65_HS1-834228961_62-HQ-83894_Section_10
Agency: FBI
Page 102
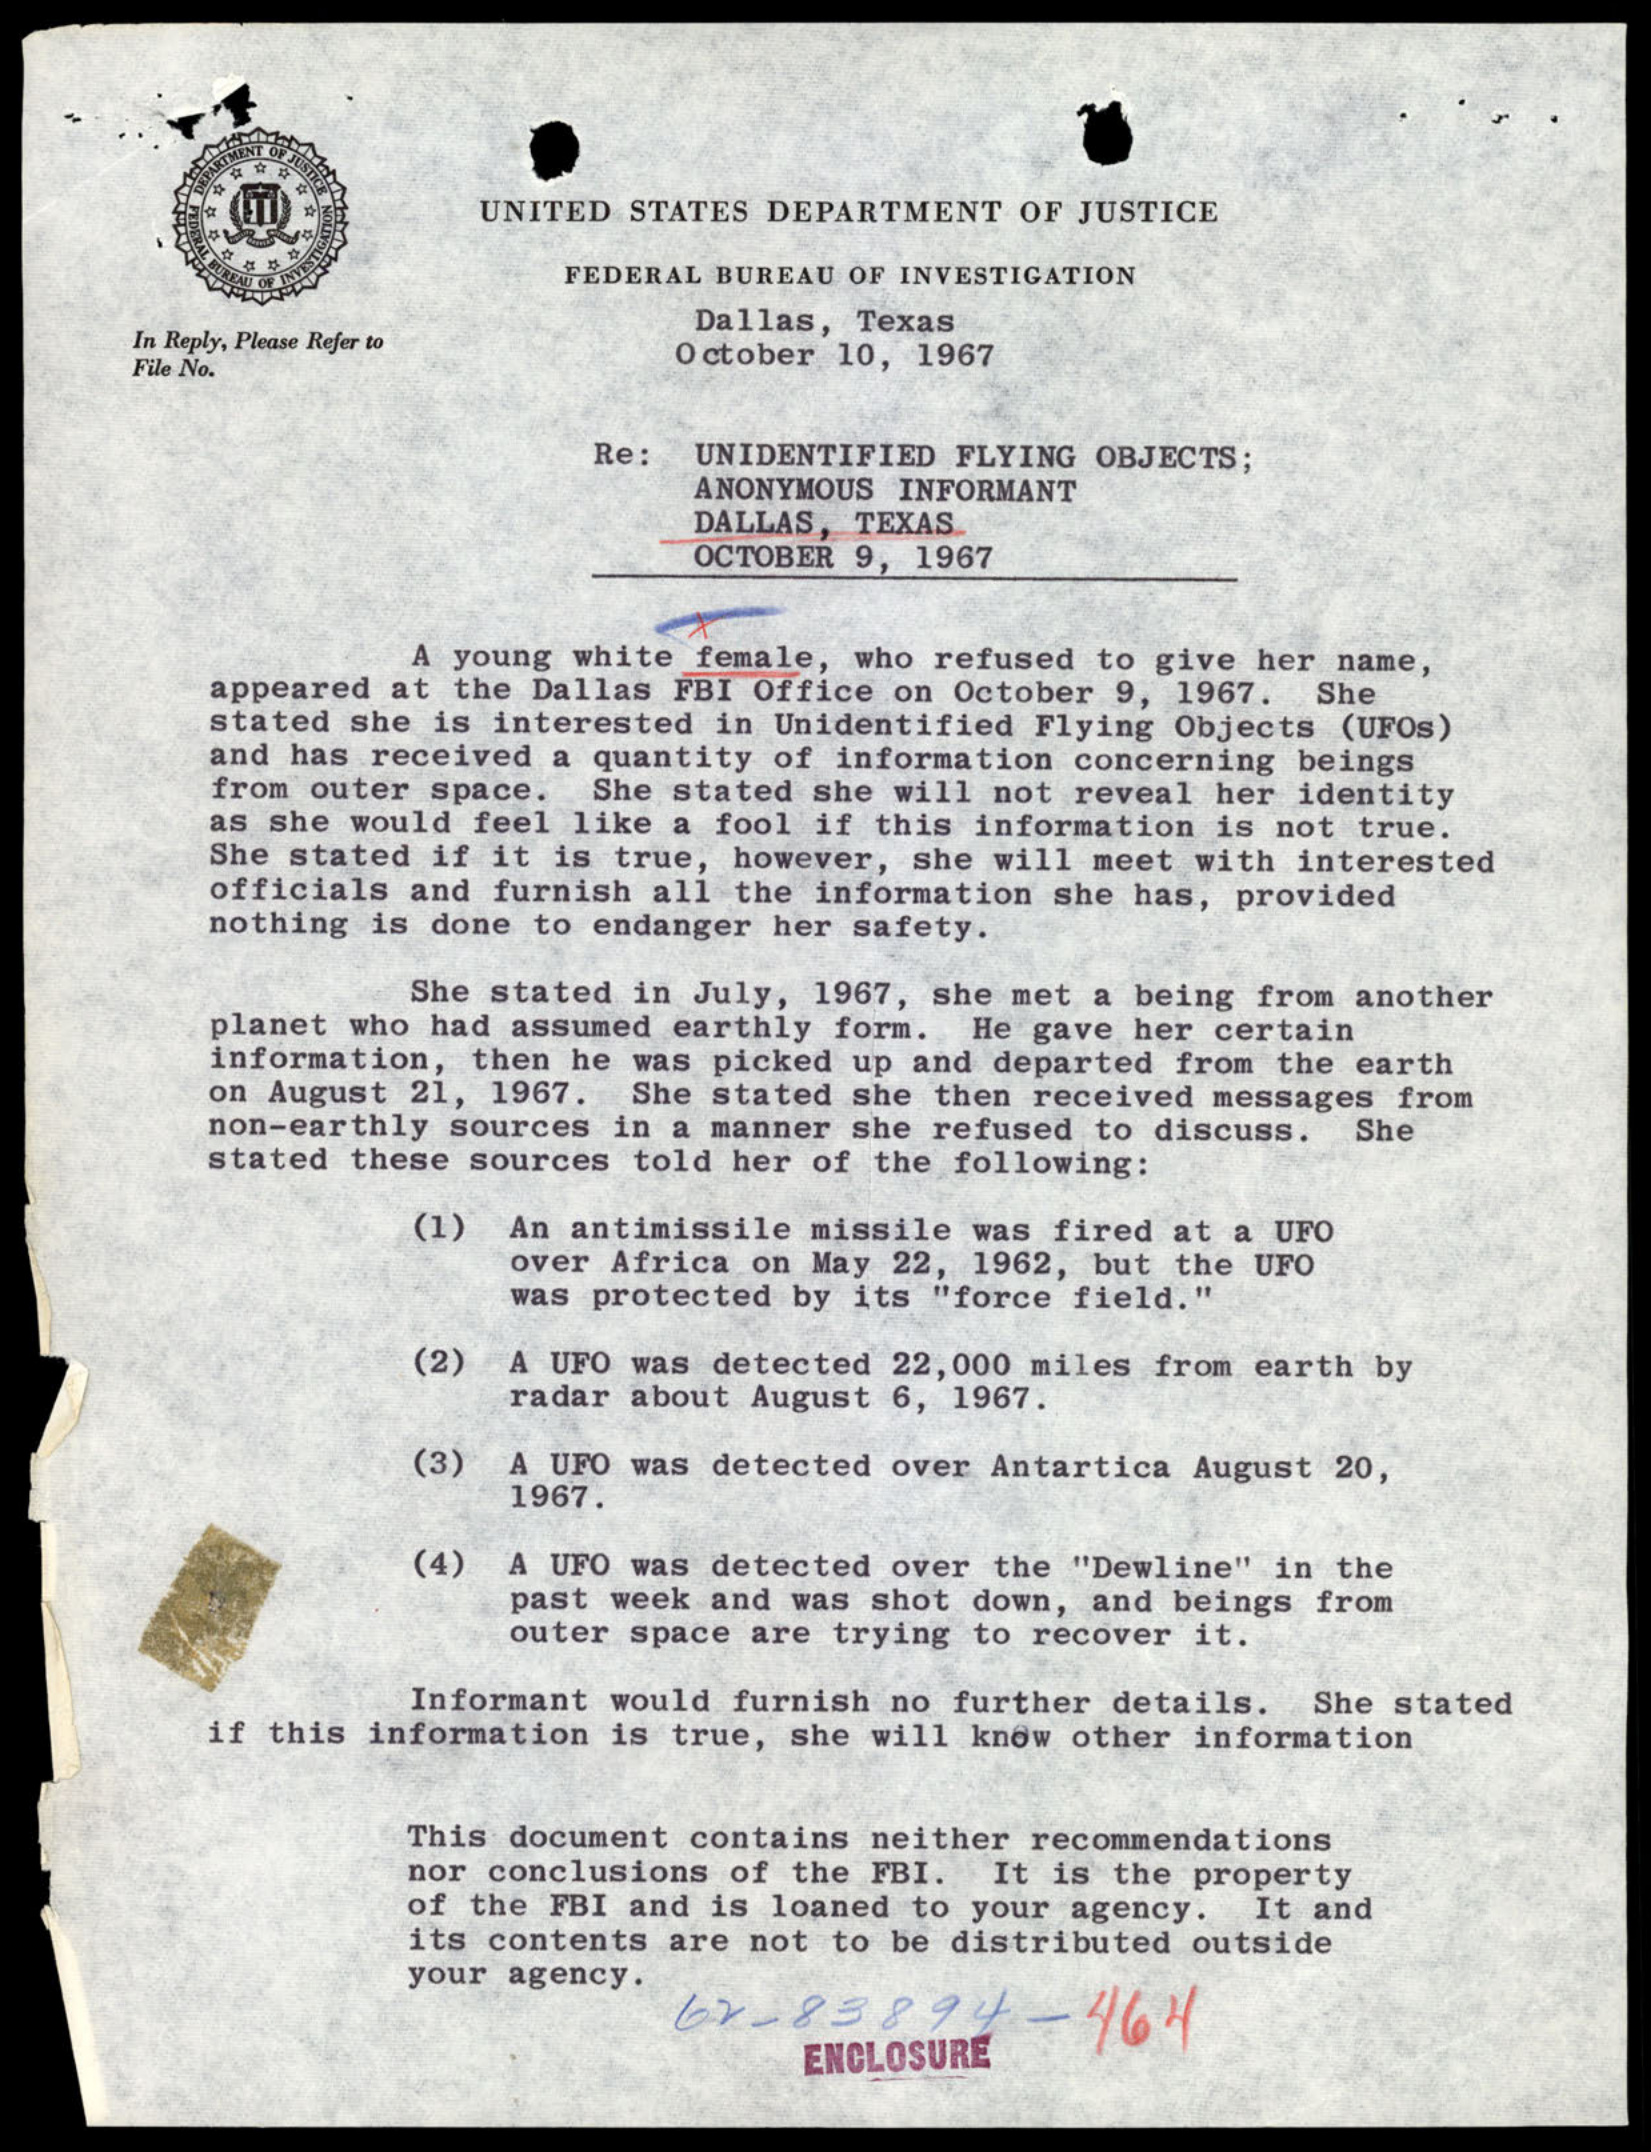